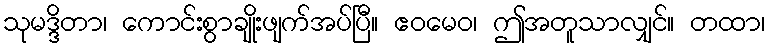
သုမဒ္ဒိတာ၊ ကောင်းစွာချိုးဖျက်အပ်ပြီ။ ဧဝမေဝ၊ ဤအတူသာလျှင်။ တထာ၊